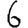
Digit: 6